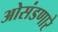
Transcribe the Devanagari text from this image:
ओसंडणारे